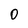
Character: 0